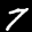
Label: 7